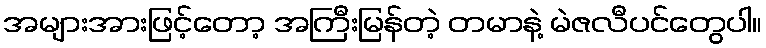
အများအားဖြင့်တော့ အကြီးမြန်တဲ့ တမာနဲ့ မဲဇလီပင်တွေပါ။